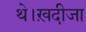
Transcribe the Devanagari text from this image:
थे।ख़दीजा